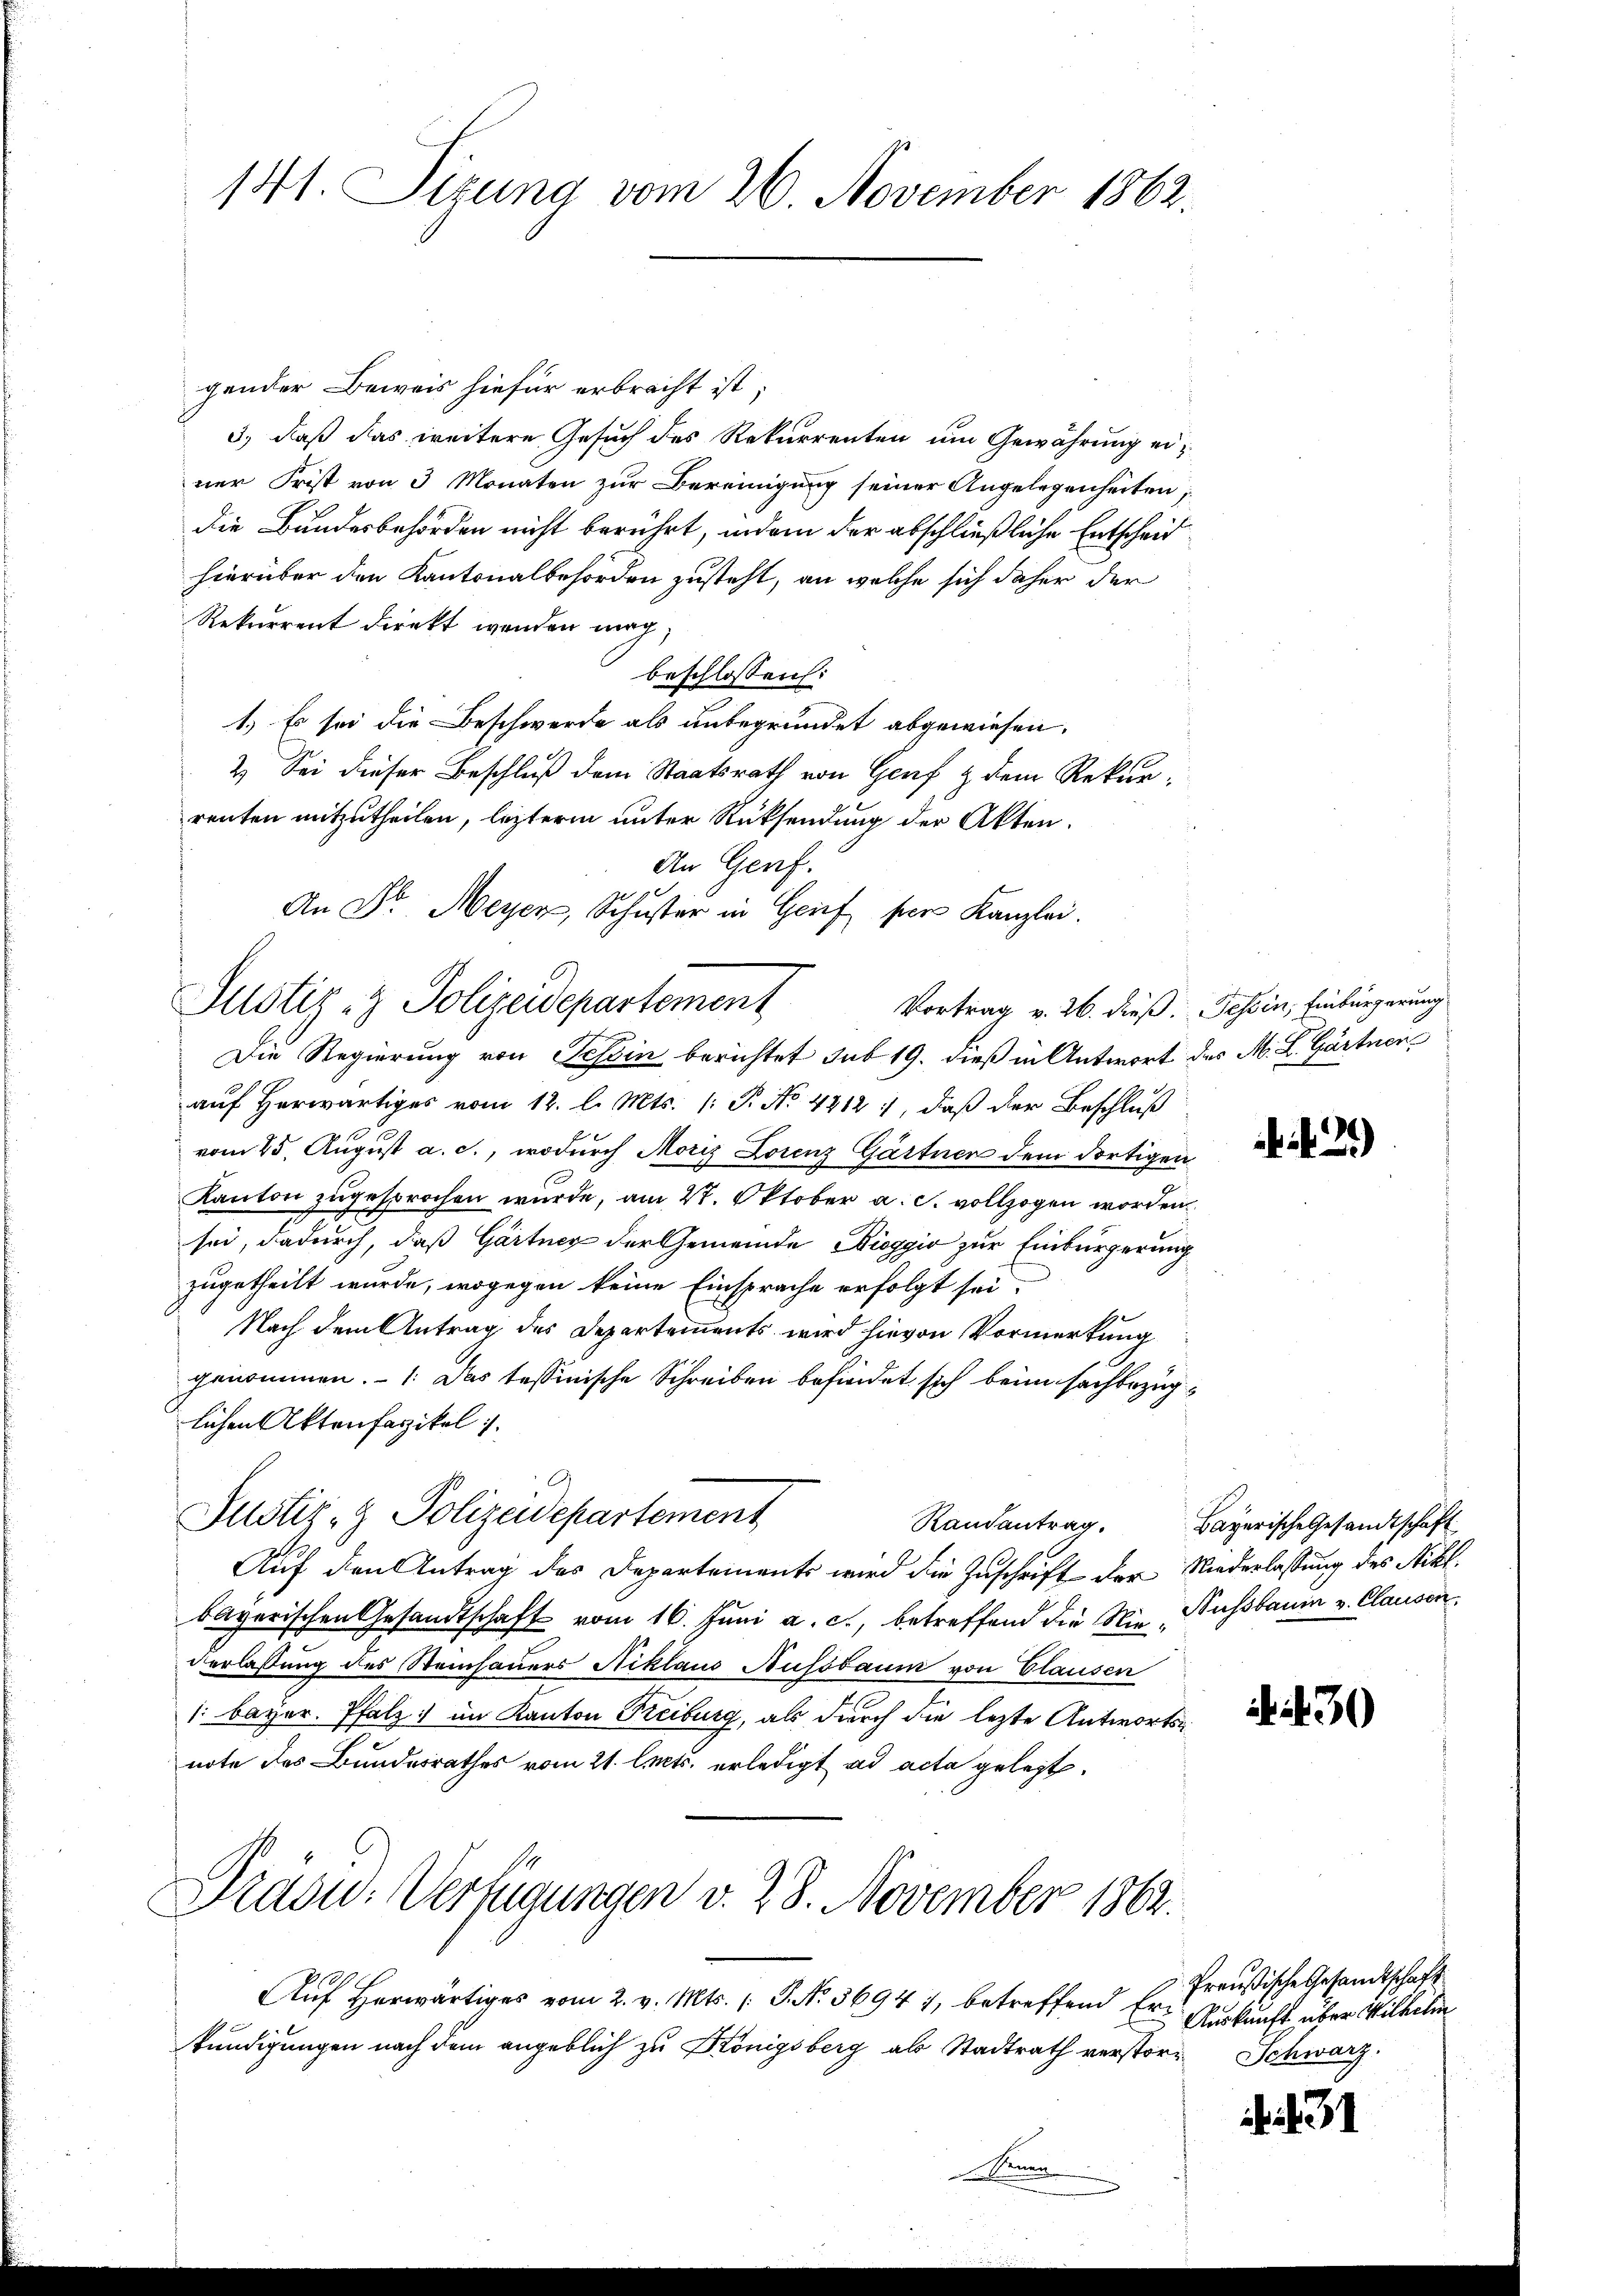
141. Sizung vom 26. November 1862.

gender Beweis hiefür erbracht ist;
3., daß das weitere Gesuch des Rekurrenten um Gewährung einer Frist von 3 Monaten zur Bereinigung seiner Angelegenheiten;
die Bundesbehörden nicht berührt, indem der abschließliche Entscheid
hierüber den Kantonalbehörden zusteht, an welche sich daher der
Rekurrent direkt werden mag,
beschlossen:
1.) Es sei die Beschwerde als unbegründet abgewiesen.
2) Sei dieser Beschluß dem Staatsrath von Genf & dem Rekurrenten mitzutheilen, letztere unter Rücksendung der Akten.
An Genf.
An Dr. Meyer, Schuster in Geif per Kanzlei.

Justiz- & Polizeidepartement Vortrag v. 26. dieß. Schin, Einbürgerung

Die Regierung von Tessin berichtet sub 19. dieß in Antwort des M. L. Gärtnen
auf herwärtiges vom 12. l. Mts. (: P. No. 4412 1, daß der Beschluß
vom 25. August a. c., wodurch Moriz Lorenz Gärtner dem dortigen
Kanton zugesprochen wurde, am 27. Oktober a. c. vollzogen worden,
sei, dadurch, daß Gärtner der Gemeinde Bioggio zur Einbürgerung
zugetheilt wurde, wogegen keine Einsprache erfolgt sei.
Nach dem Antrag des Departements wird hievon Vormerkung
genommen. - 1. Das tessinische Schreiben befindet sich beim sachbezüglichen Aktenfarikel 1.
.
Justiz- & Polizeidepartement
Auf den Antrag des Departements wird die Zuschrift der Niederlassung des Nikl.
bayerischen Gesandtschaft vom 16. Juni a. c., betreffend die Nie Nussbaum v. Clausen,
derlassung des Steinhauers Niklaus Nussbaum von Elausen
1: bayer. Pfalz im Kanton Freiburg, als durch die lezte Antwortsnote des Bundesrathes vom 21. lets. erledigt ad acta gelegt.
Präsid.: Verfügungen v. 28. November 1862.
Auf herwärtiges vom 2. v. Mts. (T. No. 36941, betreffend Er freußische Gesandtschaft
kündigungen nach dem angeblich zu Königsberg als Stadtrath verstor-Schwarz.
Denen

.21)

Randantrag. Bayerische Gesandtschaft

430

Auskunft über Wilhelm

d. 31